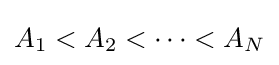
A_{1}<A_{2}<\cdots <A_{N}